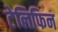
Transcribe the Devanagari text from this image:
टेलिफिन